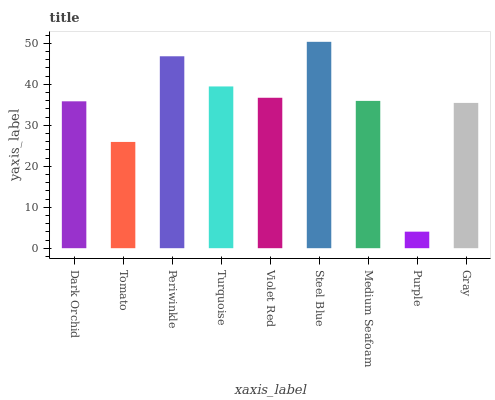
| xaxis_label | bars |
 | --- | --- |
 | Dark Orchid | 35.8 |
 | Tomato | 25.9 |
 | Periwinkle | 46.8 |
 | Turquoise | 39.5 |
 | Violet Red | 36.7 |
 | Steel Blue | 50.4 |
 | Medium Seafoam | 35.9 |
 | Purple | 4.04 |
 | Gray | 35.5 |